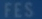
fES